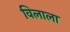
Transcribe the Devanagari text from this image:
विलाला